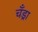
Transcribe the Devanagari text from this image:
चँड्रा